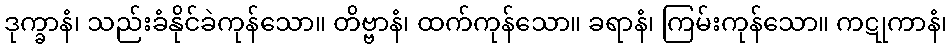
ဒုက္ခာနံ၊ သည်းခံနိုင်ခဲကုန်သော။ တိဗ္ဗာနံ၊ ထက်ကုန်သော။ ခရာနံ၊ ကြမ်းကုန်သော။ ကဋုကာနံ၊